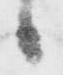
候